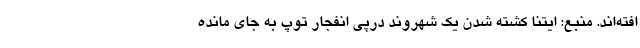
افته‌اند. منبع: ایتنا کشته شدن یک شهروند درپی انفجار توپ به جای مانده